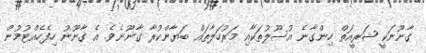
ގާނޫނަކީ ޝަރީއަތް ހިންގާނެ އުސޫލުތަކާއި މަރުހަލާތައް ބަޔާންކުރާ ގާނޫނެވެ. އެ ގާނޫނު ހިފެހެއްޓުމުން